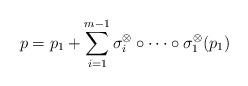
LaTeX: \begin{align*}p = p_1 + \sum_{i=1}^{m-1} \sigma_i^{\otimes} \circ \cdots \circ \sigma_1^{\otimes} (p_1)\end{align*}